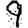
Digit: 9